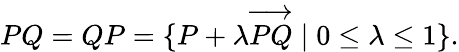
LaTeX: PQ=QP=\{ P+\lambda{\overrightarrow{PQ}}\mid 0\leq\lambda\leq 1\} .